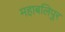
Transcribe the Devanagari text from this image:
महाबलिपुर